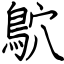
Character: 鴥